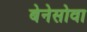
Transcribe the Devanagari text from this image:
बेनेसोवा